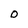
Character: 0